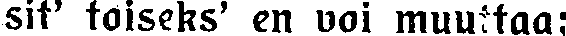
sit' toiseks' en voi muuttaa: